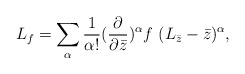
\begin{align*}L_f=\sum_\alpha \frac{1}{\alpha !}(\frac{\partial}{\partial\bar z})^\alpha f\ (L_{\bar z}-\bar z)^\alpha,\end{align*}